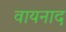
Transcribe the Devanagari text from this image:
वायनाद